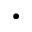
\bullet